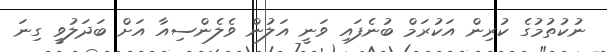
ނުކުތުމުގެ ކުރިން އަކުރަމް ބުނެފައި ވަނީ އަލުން ވެލެންސިއާ އަށް ބަދަލުވީ ގިނަ